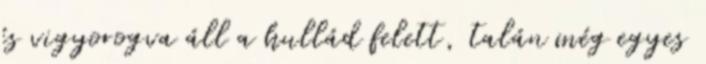
és vigyorogva áll a hullád felett, talán még egyes